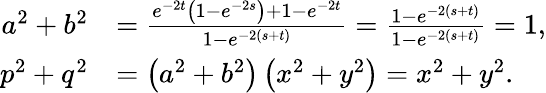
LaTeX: \begin{array}{rl}{a^{2}+b^{2}}&{=\frac{e^{-2t}\left(1-e^{-2s}\right)+1-e^{-2t}}{1-e^{-2(s+t)}}=\frac{1-e^{-2(s+t)}}{1-e^{-2(s+t)}}=1,}\\ {p^{2}+q^{2}}&{=\left(a^{2}+b^{2}\right)\left(x^{2}+y^{2}\right)=x^{2}+y^{2}.}\end{array}